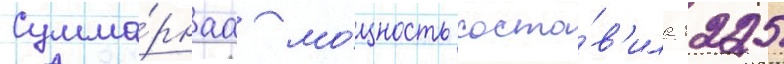
Сумма́рнаа мо́щность соста́в'ила 1225